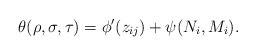
LaTeX: \begin{align*}\theta(\rho,\sigma,\tau)=\phi^{\prime}(z_{ij})+\psi(N_{i},M_{i}).\end{align*}